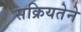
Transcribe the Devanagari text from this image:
सक्रियतेने